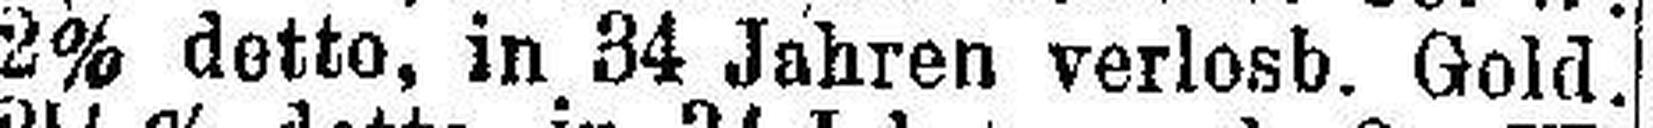
2% detto, in 34 Jahren verlosb. Gold.